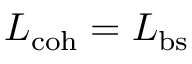
L _ { \mathrm { c o h } } = L _ { \mathrm { b s } }